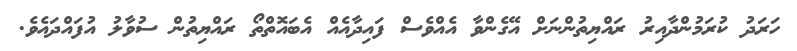
ހަރަދު ކުރަމުންދާއިރު ރައްޔިތުންނަށް އޭގެންވާ އެއްވެސް ފައިދާއެއް އެބައޮތްތޯ ރައްޔިތުން ސުވާލު އުފައްދައެވެ.